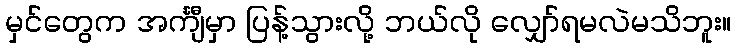
မှင်တွေက အင်္ကျီမှာ ပြန့်သွားလို့ ဘယ်လို လျှော်ရမလဲမသိဘူး။